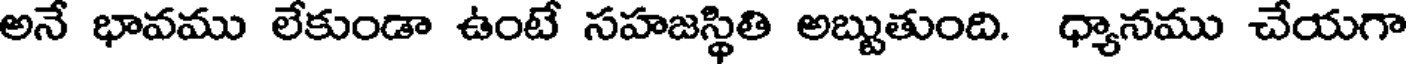
అనే భావము లేకుండా ఉంటే సహజస్థితి అబ్బుతుంది. ధ్యానము చేయగా